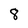
Character: 8